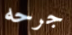
جرحه